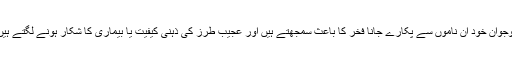
نوجوان خود ان ناموں سے پکارے جانا فخر کا باعث سمجھتے ہیں اور عجیب طرز کی ذہنی کیفیت یا بیماری کا شکار ہونے لگتے ہیں۔